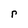
Character: r